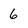
Character: 6